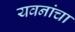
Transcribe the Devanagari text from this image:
यवनांचा